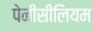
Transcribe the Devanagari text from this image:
पेनीसीलियम